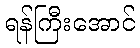
ရန်ကြီးအောင်